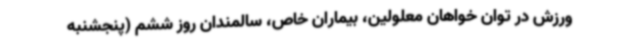
ورزش در توان خواهان معلولین، بیماران خاص، سالمندان روز ششم (پنجشنبه